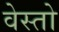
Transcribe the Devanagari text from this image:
वेस्तो